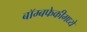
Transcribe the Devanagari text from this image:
बॉम्बफेकीमध्ये